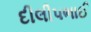
દીલીપભાઈ